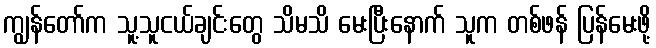
ကျွန်တော်က သူ့သူငယ်ချင်းတွေ သိမသိ မေးပြီးနောက် သူက တစ်ဖန် ပြန်မေးဖို့